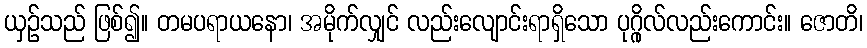
ယှဉ်သည် ဖြစ်၍။ တမပရာယနော၊ အမိုက်လျှင် လည်းလျောင်းရာရှိသော ပုဂ္ဂိုလ်လည်းကောင်း။ ဇောတိ၊